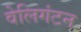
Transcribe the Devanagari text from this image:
वेलिगंटन